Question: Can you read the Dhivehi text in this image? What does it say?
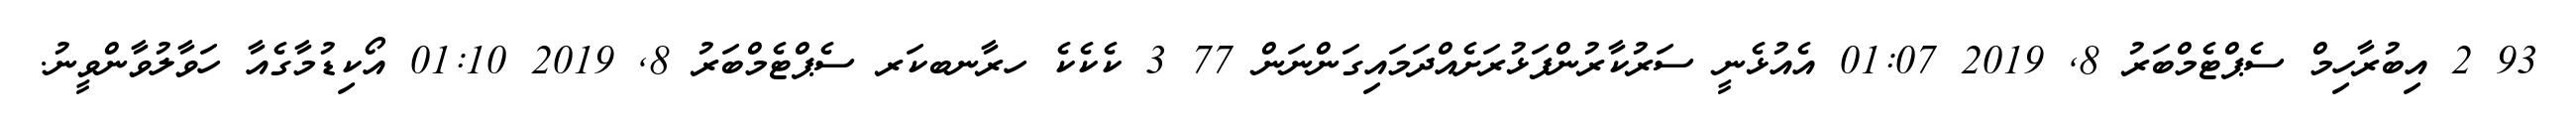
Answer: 93 2 އިބުރާހިމް ސެޕްޓެމްބަރު 8, 2019 01:07 އެއުޅެނީ ސަރުކާރުންފަޅުރަށެއްދަމައިގަންނަން 77 3 ކެކެކެ ހރާނބކަރ ސެޕްޓެމްބަރު 8, 2019 01:10 އޯކިޑުމާގެއާ ހަވާލުވާންވީނު.